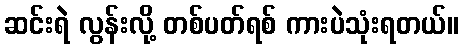
ဆင်းရဲ လွန်းလို့ တစ်ပတ်ရစ် ကားပဲသုံးရတယ်။